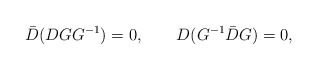
\begin{align*}\bar D(DGG^{-1})=0,\qquad D(G^{-1}\bar DG)=0,\end{align*}